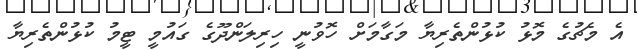
އެ މެޗުގެ މޮޅު ކުޅުންތެރިޔާ މަގާމަށް ހޮވުނީ ހިރިލަންދޫގެ ގައުމީ ޓީމު ކުޅުންތެރިޔާ